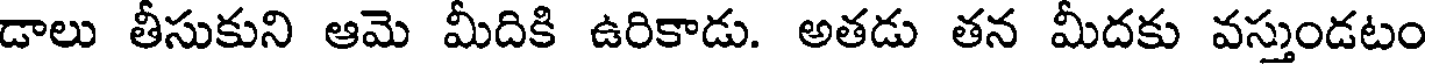
డాలు తీసుకుని ఆమె మీదికి ఉరికాడు. అతడు తన మీదకు వస్తుండటం